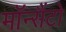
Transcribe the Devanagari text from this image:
मॉन्सैंटो